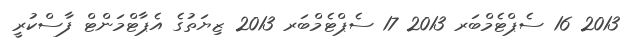
2013 16 ސެޕްޓެމްބަރ 2013 17 ސެޕްޓެމްބަރ 2013 ޒިޔަތުގެ އެޕާޓްމަންޓް ފާސްކުރީ